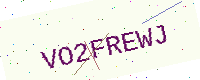
Text: VO2FREWJ